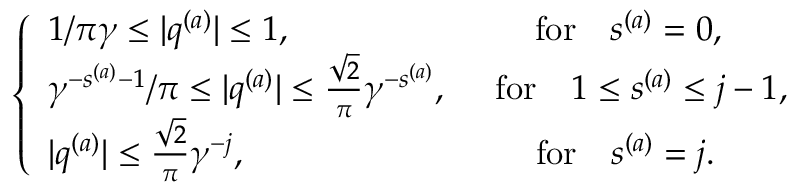
\begin{array} { r } { \left\{ \begin{array} { l l } { 1 / { \pi \gamma } \le \vert q ^ { ( a ) } \vert \le 1 , \quad \quad \quad \quad \quad \quad \quad \mathrm { f o r } \quad s ^ { ( a ) } = 0 , } \\ { { \gamma ^ { - s ^ { ( a ) } - 1 } } / { \pi } \le \vert q ^ { ( a ) } \vert \le \frac { \sqrt 2 } { \pi } \gamma ^ { - s ^ { ( a ) } } , \quad \ \mathrm { f o r } \quad 1 \le s ^ { ( a ) } \le j - 1 , } \\ { \vert q ^ { ( a ) } \vert \le \frac { \sqrt 2 } { \pi } \gamma ^ { - j } , \ \quad \quad \quad \quad \quad \quad \quad \quad \mathrm { f o r } \quad s ^ { ( a ) } = j . } \end{array} \right. } \end{array}